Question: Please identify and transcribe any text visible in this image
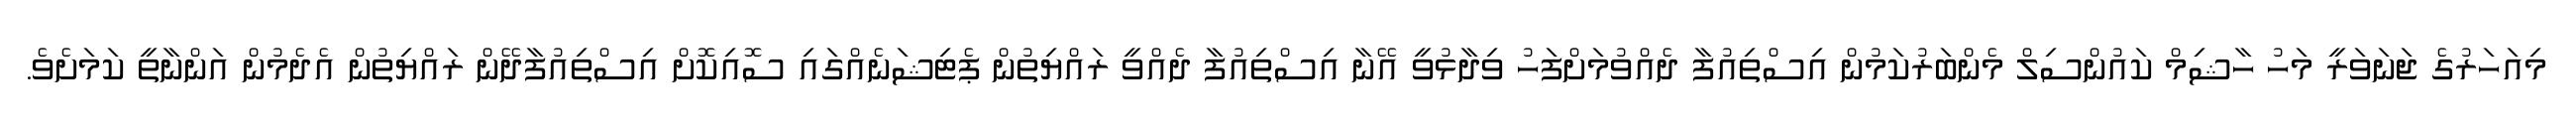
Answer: މިއަހަރުގެ ޖަނަވަރީ މަހު ހާޝިމް ކައުންސިލް މެންބަރުކަމުން އިސްތިއުފާ ދެއްވުމަށްފަހު ވިދާޅުވީ އޭނާ އިސްތިއުފާ ދެއްވީ ރައްޔިތުން ޕެޓިޝަނެއްގައި ސޮއިކޮށް އިސްތިއުފާދޭން ރައްޔިތުން އެދެމުން އަންނާތީ ކަމަށެވެ.